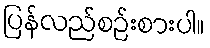
ပြန်လည်စဉ်းစားပါ။